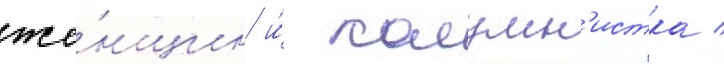
же́нщин и́ колумн'истка /